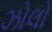
ઝોલો